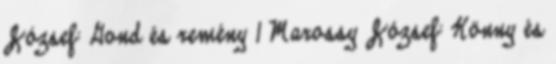
József: Gond és remény 1 Marossy József: Könny és